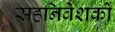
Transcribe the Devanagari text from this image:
सहनिवेशकों